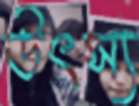
উৎস্য